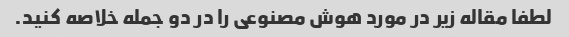
لطفا مقاله زیر در مورد هوش مصنوعی را در دو جمله خلاصه کنید.